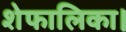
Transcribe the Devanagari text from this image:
शेफालिका।